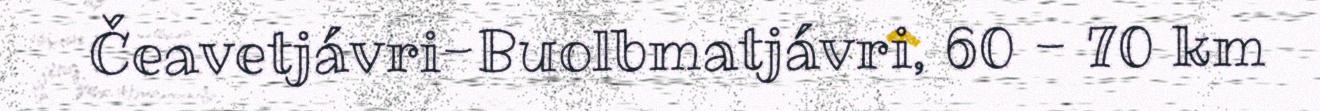
Čeavetjávri-Buolbmatjávri, 60 - 70 km